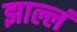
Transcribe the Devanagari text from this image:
झाल्लं